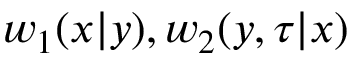
w _ { 1 } ( x | y ) , w _ { 2 } ( y , \tau | x )